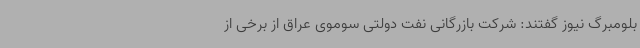
بلومبرگ نیوز گفتند: شرکت بازرگانی نفت دولتی سوموی عراق از برخی از